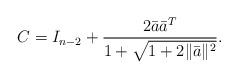
LaTeX: \begin{align*}C=I_{n-2}+\frac{2\bar{a}\bar{a}^T}{1+\sqrt{1+2\|\bar{a}\|^2}}.\end{align*}